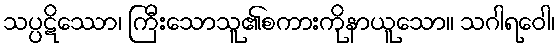
သပ္ပဋိဿော၊ ကြီးသောသူ၏စကားကိုနာယူသော။ သဂါရဝေါ၊